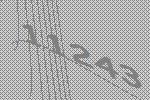
11243